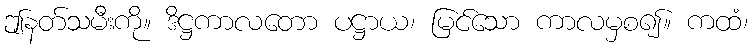
ဤနတ်သမီးကို။ ဒိဋ္ဌကာလတော ပဋ္ဌာယ၊ မြင်သော ကာလမှစ၍။ ကထံ၊